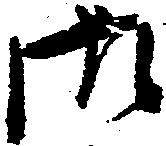
御